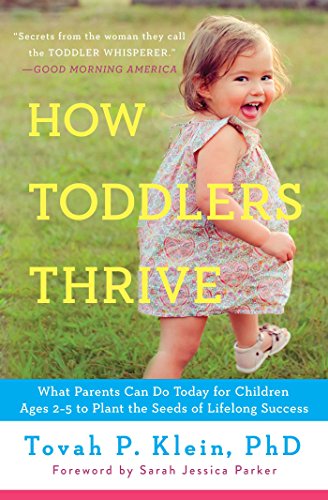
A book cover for How Toddlers Thrive: What Parents Can Do Today for Children Ages 2-5 to Plant the Seeds of Lifelong Success; Tovah P Klein; Parenting & Relationships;